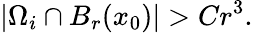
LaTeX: |\Omega_{i}\cap B_{r}(x_{0})|>Cr^{3}.